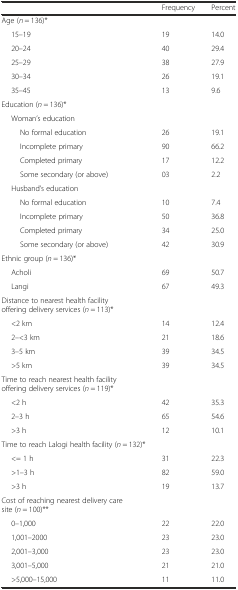
|  | Frequency | Percent |
 | --- | --- | --- |
 | Age (n = 136)* |  |  |
 | 15–19 | 19 | 14.0 |
 | 20–24 | 40 | 29.4 |
 | 25–29 | 38 | 27.9 |
 | 30–34 | 26 | 19.1 |
 | 35–45 | 13 | 9.6 |
 | Education (n = 136)* |  |  |
 | Woman’s education |  |  |
 | No formal education | 26 | 19.1 |
 | Incomplete primary | 90 | 66.2 |
 | Completed primary | 17 | 12.2 |
 | Some secondary (or above) | 03 | 2.2 |
 | Husband’s education |  |  |
 | No formal education | 10 | 7.4 |
 | Incomplete primary | 50 | 36.8 |
 | Completed primary | 34 | 25.0 |
 | Some secondary (or above) | 42 | 30.9 |
 | Ethnic group (n = 136)* |  |  |
 | Acholi | 69 | 50.7 |
 | Langi | 67 | 49.3 |
 | Distance to nearest health facility offering delivery services (n = 113)* |  |  |
 | <2 km | 14 | 12.4 |
 | 2–<3 km | 21 | 18.6 |
 | 3–5 km | 39 | 34.5 |
 | >5 km | 39 | 34.5 |
 | Time to reach nearest health facility offering delivery services (n = 119)* |  |  |
 | <2 h | 42 | 35.3 |
 | 2–3 h | 65 | 54.6 |
 | >3 h | 12 | 10.1 |
 | Time to reach Lalogi health facility (n = 132)* |  |  |
 | <= 1 h | 31 | 22.3 |
 | >1–3 h | 82 | 59.0 |
 | >3 h | 19 | 13.7 |
 | Cost of reaching nearest delivery care site (n = 100)** |  |  |
 | 0–1,000 | 22 | 22.0 |
 | 1,001–2000 | 23 | 23.0 |
 | 2,001–3,000 | 23 | 23.0 |
 | 3,001–5,000 | 21 | 21.0 |
 | >5,000–15,000 | 11 | 11.0 |